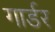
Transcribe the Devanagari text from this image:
गार्डर